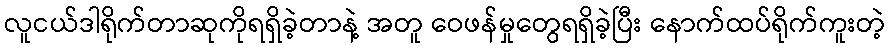
လူငယ်ဒါရိုက်တာဆုကိုရရှိခဲ့တာနဲ့ အတူ ဝေဖန်မှုတွေရရှိခဲ့ပြီး နောက်ထပ်ရိုက်ကူးတဲ့